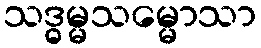
သဒ္ဓမ္မသမ္မောသာ